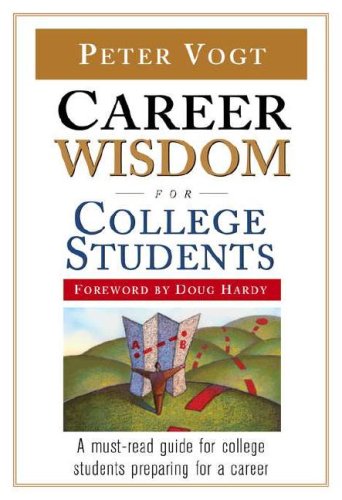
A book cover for Career Wisdom for College Students; Peter Vogt; Business & Money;